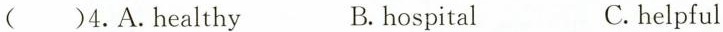
( )4.A.Healthy B. hospital C.helpful